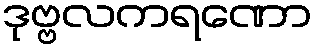
ဒုဗ္ဗလကရဏော